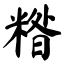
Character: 糌